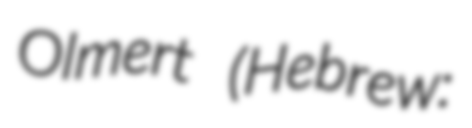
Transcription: Olmert (Hebrew: